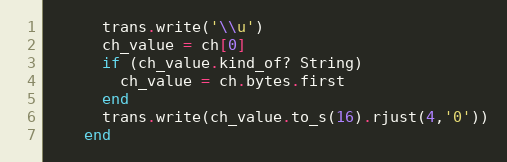
Language: Ruby
      trans.write('\\u')
      ch_value = ch[0]
      if (ch_value.kind_of? String)
        ch_value = ch.bytes.first
      end
      trans.write(ch_value.to_s(16).rjust(4,'0'))
    end